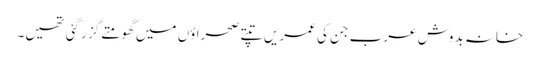
خانہ بدوش عرب جن کی عمریں تپتے صحراؤں میں گھومتے گزر گئی تھیں۔